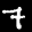
Label: 7